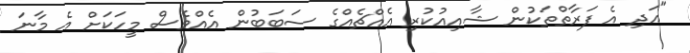
"އަދި އެ ފަރާތްތަކުން ޝާއިއުކުރި އެއްޗެއްގެ ސަބަބުން އެއްވެސް މީހަކަށް އެ މާނަ